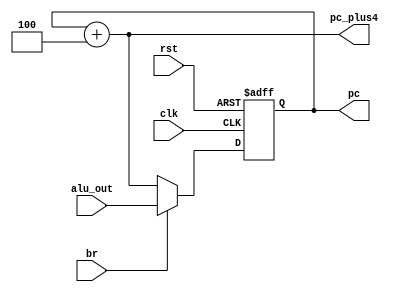
module program_counter(
    input clk,
    input rst,
    input br,
    input [31:0] alu_out,
    output reg [31:0] pc,
    output [31:0] pc_plus4
);

always@(posedge clk or posedge rst) begin
    if(rst) pc <= 32'h3000;
    else if(br) pc <= alu_out;
    else pc <= pc_plus4;
end

assign pc_plus4 = pc + 32'h4;

endmodule